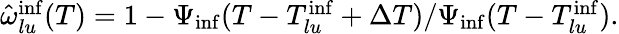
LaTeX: \begin{array}{r}{\hat{\omega}_{lu}^{\mathrm{inf}}(T)=1-\Psi_{\mathrm{inf}}(T-T_{lu}^{\mathrm{inf}}+\Delta T)/\Psi_{\mathrm{inf}}(T-T_{lu}^{\mathrm{inf}}).}\end{array}